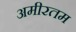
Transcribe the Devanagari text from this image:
अमीरतम